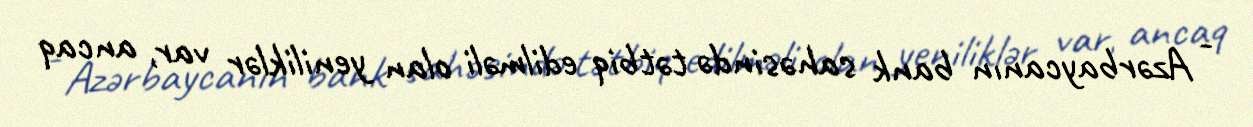
- Azərbaycanın bank sahəsində tətbiq edilməli olan yeniliklər var, ancaq